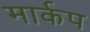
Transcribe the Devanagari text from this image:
मार्कप